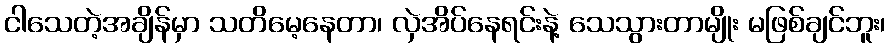
ငါသေတဲ့အချိန်မှာ သတိမေ့နေတာ၊ လှဲအိပ်နေရင်းနဲ့ သေသွားတာမျိုး မဖြစ်ချင်ဘူး၊